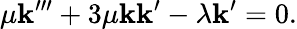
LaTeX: \mu\mathbf{k}^{\prime\prime\prime}+3\mu\mathbf{k}\mathbf{k}^{\prime}-\lambda\mathbf{k}^{\prime}=0.